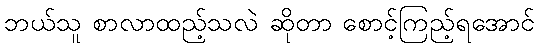
ဘယ်သူ စာလာထည့်သလဲ ဆိုတာ စောင့်ကြည့်ရအောင်